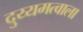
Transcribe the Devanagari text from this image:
दुय्यमत्वाला